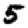
Digit: 5